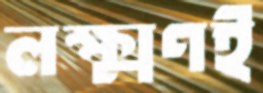
লক্ষ্মণই